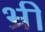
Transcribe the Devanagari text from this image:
भ्री